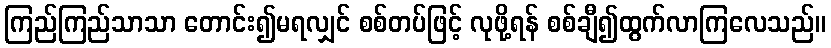
ကြည်ကြည်သာသာ တောင်း၍မရလျှင် စစ်တပ်ဖြင့် လုဖို့ရန် စစ်ချီ၍ထွက်လာကြလေသည်။